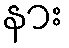
နား